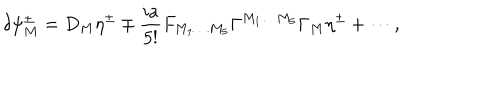
LaTeX: \delta \psi _ { M } ^ { \pm } = D _ { M } \eta ^ { \pm } \mp \frac { i a } { 5 ! } F _ { M _ { 1 } \ldots M _ { 5 } } \Gamma ^ { M _ { 1 } \ldots M _ { 5 } } \Gamma _ { M } \eta ^ { \pm } + \cdots ,